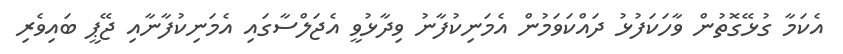
އެކަމާ ގުޅޭގޮތުން ވާހަކަފުޅު ދައްކަވަމުން އެމަނިކުފާނު ވިދާޅުވީ އެޖަލްސާގައި އެމަނިކުފާނާއި ޖޭޕީ ބައިވެރި